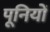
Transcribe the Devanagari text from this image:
पूनियों